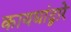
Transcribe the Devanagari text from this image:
कायद्यांद्वारे